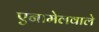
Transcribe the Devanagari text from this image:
एनामेलवाले